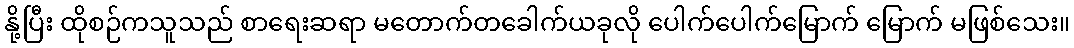
နို့ပြီး ထိုစဉ်ကသူသည် စာရေးဆရာ မတောက်တခေါက်ယခုလို ပေါက်ပေါက်မြောက် မြောက် မဖြစ်သေး။